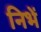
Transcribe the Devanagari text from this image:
निभें